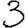
Digit: 3